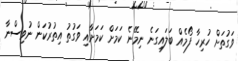
ވަގުތަށް ހުރިހާ ފޯމެއް ބަލައިގަނެ ނިމޭނެ ކަމަށް ކަމަށާއި ވަގުތު އިތުރުކަން ނުވިސްނާ